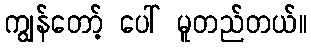
ကျွန်တော့် ပေါ် မူတည်တယ်။